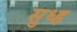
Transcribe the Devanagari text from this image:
सुध्ह